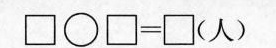
$$\Box \circ \Box = \Box$$ （人）